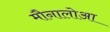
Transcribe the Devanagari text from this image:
मौनालोआ